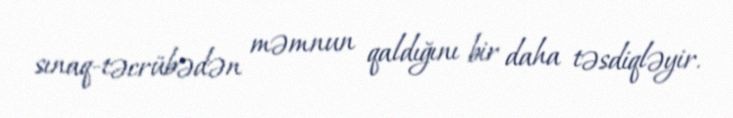
sınaq-təcrübədən məmnun qaldığını bir daha təsdiqləyir.